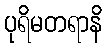
ပုရိမတရာနိ